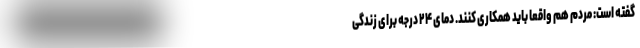
گفته است: مردم هم واقعا باید همکاری کنند. دمای ۲۴ درجه برای زندگی